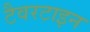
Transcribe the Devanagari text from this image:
टैवरटाइन